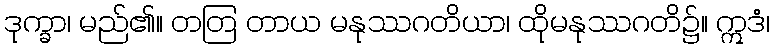
ဒုက္ခာ၊ မည်၏။ တတြ တာယ မနုဿဂတိယာ၊ ထိုမနုဿဂတိ၌။ ဣဒံ၊